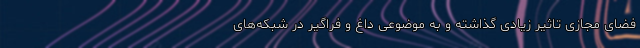
فضای مجازی تاثیر زیادی گذاشته و به موضوعی داغ و فراگیر در شبکه‌های